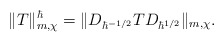
\begin{align*}\|T\|^\hbar_{m,\chi}=\| D_{\hbar^{-1/2}} T D_{\hbar^{1/2}}\|_{m,\chi}.\end{align*}